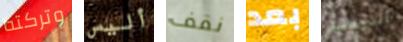
وتركته أليس نقف بعد القرفصاء